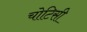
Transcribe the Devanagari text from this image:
चोटिसी